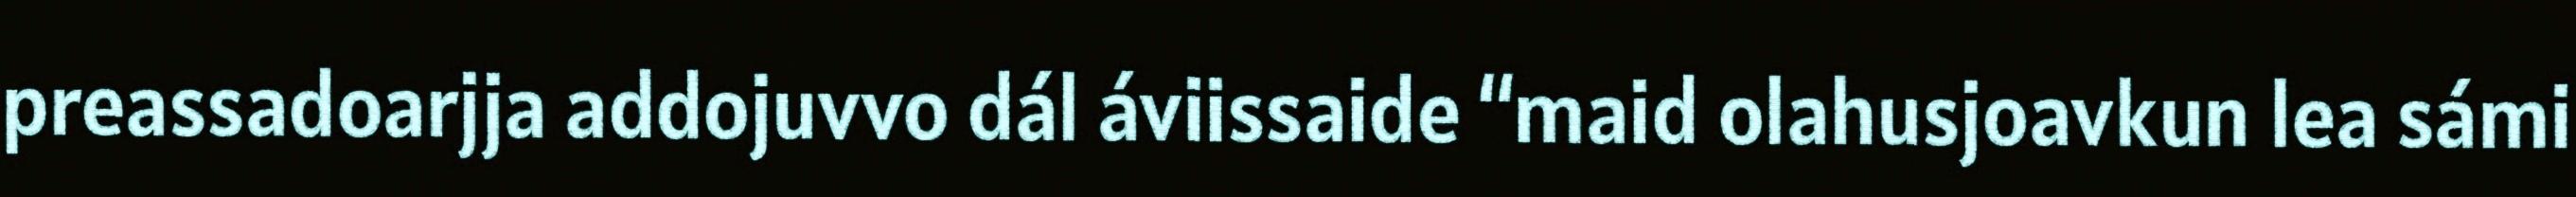
preassadoarjja addojuvvo dál áviissaide “maid olahusjoavkun lea sámi